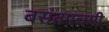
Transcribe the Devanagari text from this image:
बसंतपंचमी